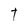
Character: T